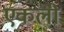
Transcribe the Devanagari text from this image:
एकली